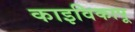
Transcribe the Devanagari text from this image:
काइविकापू